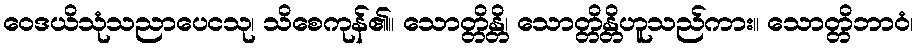
ဝေဒယိသုံသညာပေငသု၊ သိစေကုန်၏။ သောတ္တိန္တိ၊ သောတ္တိန္တိဟူသည်ကား။ သောတ္တိဘာဝံ၊